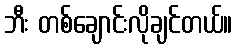
ဘီး တစ်ချောင်းလိုချင်တယ်။